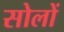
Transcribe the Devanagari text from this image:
सोलों